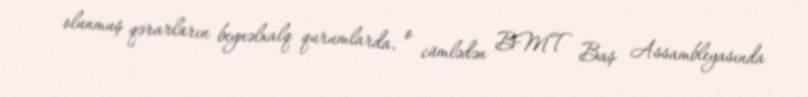
olunmuş qərarların beynəlxalq qurumlarda, o cümlədən BMT Baş Assambleyasında